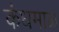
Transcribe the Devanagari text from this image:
कंधमाळ